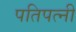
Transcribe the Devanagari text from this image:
पतिपत्‍नी